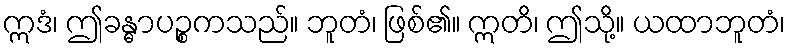
ဣဒံ၊ ဤခန္ဓာပဉ္စကသည်။ ဘူတံ၊ ဖြစ်၏။ ဣတိ၊ ဤသို့။ ယထာဘူတံ၊